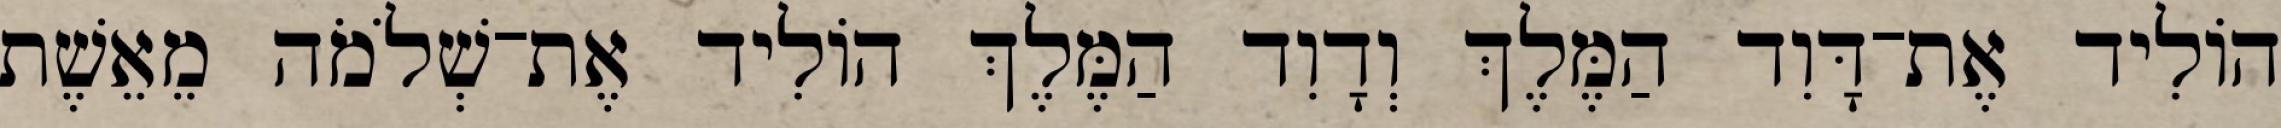
הוֹלִיד אֶת־דָּוִד הַמֶּלֶךְ וְדָוִד הַמֶּלֶךְ הוֹלִיד אֶת־שְׁלֹמֹה מֵאֵשֶׁת